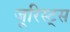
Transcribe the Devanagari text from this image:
जूरिस्ट्स